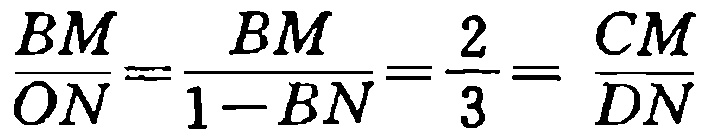
\(\frac{BM}{ON}=\frac{BM}{1 - BN}=\frac{2}{3}=\frac{CM}{DN}\)